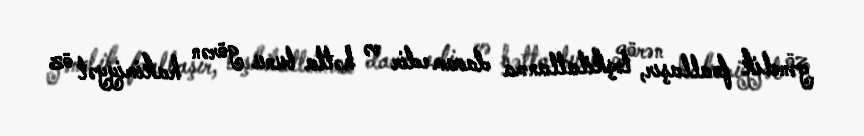
gənclik fəallaşır, təşkilatlanma davam edir və hətta bunu görən hakimiyyət öz